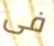
فى